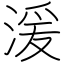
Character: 湲